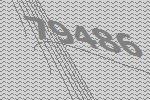
79486